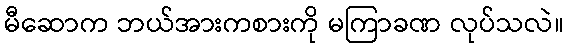
မီဆောက ဘယ်အားကစားကို မကြာခဏ လုပ်သလဲ။